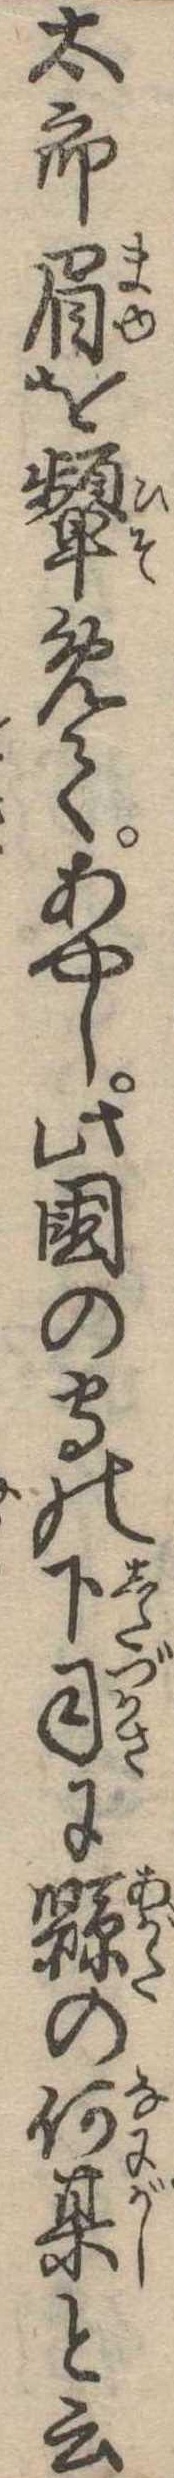
太郎眉を顰めてあやし此国の守の下司に県の何其と云